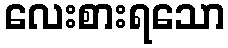
လေးစားရသော